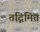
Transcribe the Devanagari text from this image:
तद्निमित्त